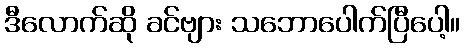
ဒီလောက်ဆို ခင်ဗျား သဘောပေါက်ပြီပေါ့။